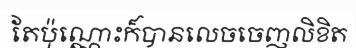
តែប៉ុណ្ណោះក៏បានលេចចេញលិខិត